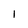
Character: l